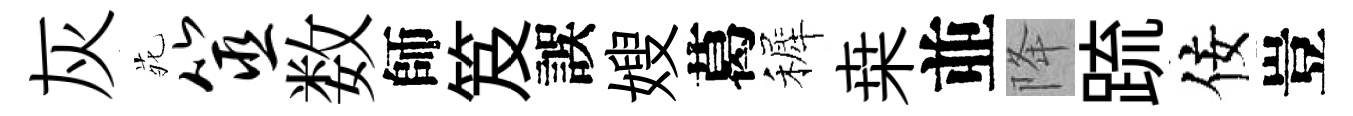
灰𫟍筮数師笈誤嫂葛裤桒並降䟽佞豈